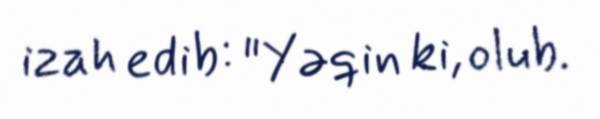
izah edib: "Yəqin ki, olub.